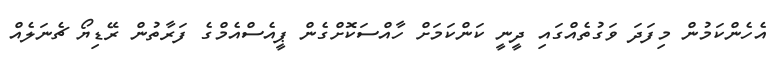
އެހެންކަމުން މިފަދަ ވަގުތެއްގައި ދީނީ ކަންކަމަަށް ހާއްސަކޮށްގެން ޕީއެސްއެމްގެ ފަރާތުން ރޭޑިޔޯ ޗެނަލެއް